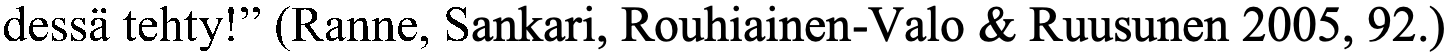
dessä tehty!” (Ranne, Sankari, Rouhiainen-Valo & Ruusunen 2005, 92.)